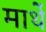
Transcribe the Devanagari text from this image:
मार्थे